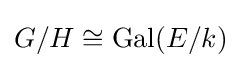
G/H\cong \operatorname {Gal} (E/k)